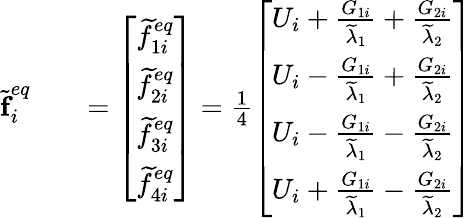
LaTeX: \begin{array}{rlr}{\widetilde{\textbf{f}}_{i}^{eq}}&{{}}&{=\left[\begin{array}{l}{\widetilde{f}_{1i}^{eq}}\\ {\widetilde{f}_{2i}^{eq}}\\ {\widetilde{f}_{3i}^{eq}}\\ {\widetilde{f}_{4i}^{eq}}\end{array}\right]=\frac{1}{4}\left[\begin{array}{l}{U_{i}+\frac{G_{1i}}{\widetilde{\lambda}_{1}}+\frac{G_{2i}}{\widetilde{\lambda}_{2}}}\\ {U_{i}-\frac{G_{1i}}{\widetilde{\lambda}_{1}}+\frac{G_{2i}}{\widetilde{\lambda}_{2}}}\\ {U_{i}-\frac{G_{1i}}{\widetilde{\lambda}_{1}}-\frac{G_{2i}}{\widetilde{\lambda}_{2}}}\\ {U_{i}+\frac{G_{1i}}{\widetilde{\lambda}_{1}}-\frac{G_{2i}}{\widetilde{\lambda}_{2}}}\end{array}\right]}\end{array}